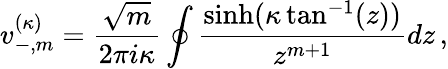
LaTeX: v_{-,m}^{(\kappa)}=\frac{\sqrt{m}}{2\pi i\kappa}\oint\frac{\sinh(\kappa\tan^{-1}(z))}{z^{m+1}}dz\, ,